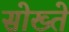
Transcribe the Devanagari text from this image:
सोख्ते